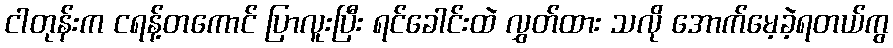
ငါတုန်းက ငရန့်တကောင် ပြာလူးပြီး ရင်ခေါင်းထဲ လွှတ်ထား သလို အောက်မေ့ခဲ့ရတယ်ကွ